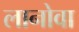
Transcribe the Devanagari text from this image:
लानोवा